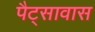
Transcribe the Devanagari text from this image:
पैट्सावास